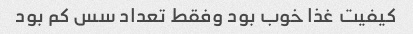
کیفیت غذا خوب بود وفقط تعداد سس کم بود